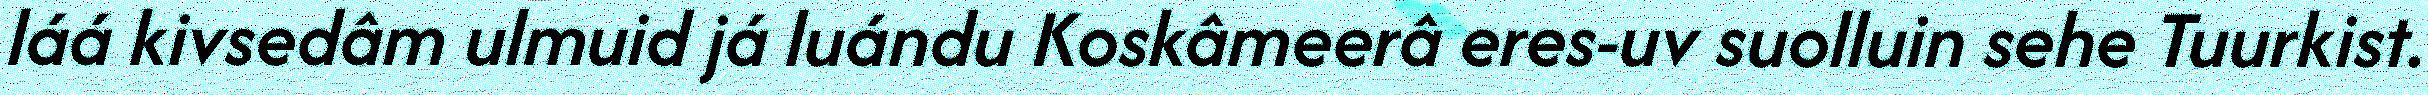
láá kivsedâm ulmuid já luándu Koskâmeerâ eres-uv suolluin sehe Tuurkist.